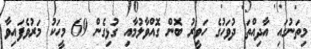
މިތަނުގައި އާދިއްތަ ދުވަހުގެ ހަވީރު ބޮން ގޮއްވާލުމާއި ގުޅިގެން 69 މީހަކު މަރުވެފައިވާ